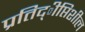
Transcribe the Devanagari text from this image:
प्रतिद्ीप्तिशील